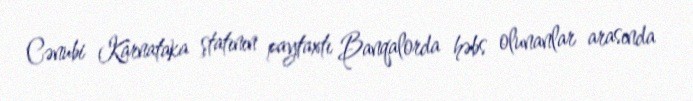
Cənubi Karnataka ştatının paytaxtı Banqalorda həbs olunanlar arasında